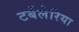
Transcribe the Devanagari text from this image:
टर्बेलेरिया